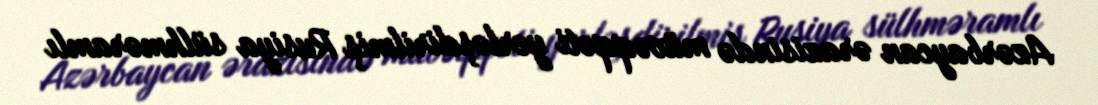
Azərbaycan ərazisində müvəqqəti yerləşdirilmiş Rusiya sülhməramlı